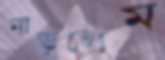
নাড়লেম